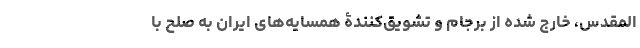
المقدس، خارج شده از برجام و تشویق‌کنندۀ همسایه‌های ایران به صلح با